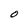
Character: O